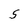
Character: S